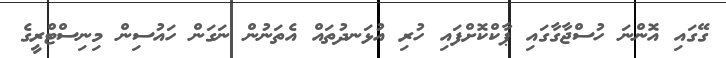
ގޭގައި އޮންނަ ހުސްޖާގާގައި ޕާކްކޮށްފައި ހުރި އުޅަނދުތައް އެތަނުން ނަގަން ހައުސިން މިނިސްޓްރީގެ